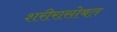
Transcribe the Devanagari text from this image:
शरीरासोबत